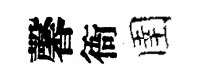
馨衙圉